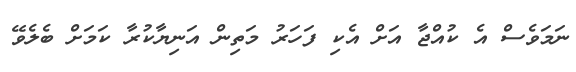
ނަމަވެސް އެ ކުއްޖާ އަށް އެކި ފަހަރު މަތިން އަނިޔާކުރާ ކަމަށް ބެލެވޭ